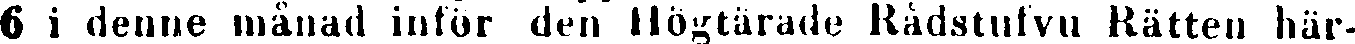
6 i denne månad inför den Högtärade Rådstufvu Rätten här-